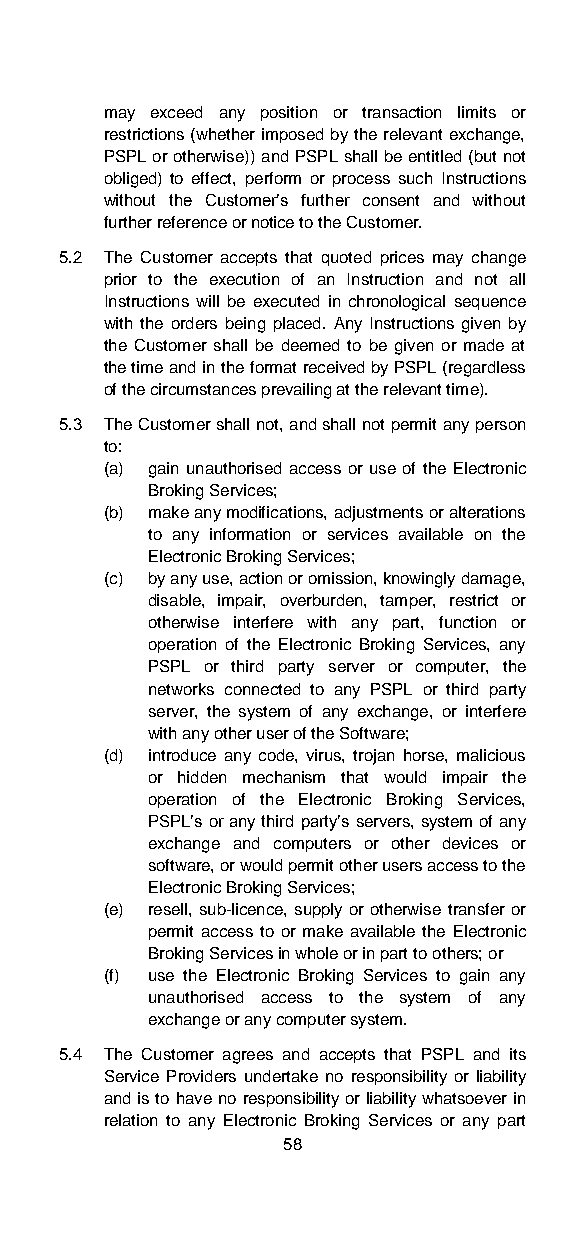
may exceed any position or transaction limits or
 restrictions (whether imposed by the relevant exchange,
 PSPL or otherwise)) and PSPL shall be entitled (but not
 obliged) to effect, perform or process such Instructions
 without the Customer’s further consent and without
 further reference or notice to the Customer.
 5.2 The Customer accepts that quoted prices may change
 prior to the execution of an Instruction and not all
 Instructions will be executed in chronological sequence
 with the orders being placed. Any Instructions given by
 the Customer shall be deemed to be given or made at
 the time and in the format received by PSPL (regardless
 of the circumstances prevailing at the relevant time).
 5.3 The Customer shall not, and shall not permit any person
 to:
 (a) gain unauthorised access or use of the Electronic
 Broking Services;
 (b) make any modifications, adjustments or alterations
 to any information or services available on the
 Electronic Broking Services;
 (c) by any use, action or omission, knowingly damage,
 disable, impair, overburden, tamper, restrict or
 otherwise interfere with any part, function or
 operation of the Electronic Broking Services, any
 PSPL or third party server or computer, the
 networks connected to any PSPL or third party
 server, the system of any exchange, or interfere
 with any other user of the Software;
 (d) introduce any code, virus, trojan horse, malicious
 or hidden mechanism that would impair the
 operation of the Electronic Broking Services,
 PSPL’s or any third party’s servers, system of any
 exchange and computers or other devices or
 software, or would permit other users access to the
 Electronic Broking Services;
 (e) resell, sub-licence, supply or otherwise transfer or
 permit access to or make available the Electronic
 Broking Services in whole or in part to others; or
 (f) use the Electronic Broking Services to gain any
 unauthorised access to the system of any
 exchange or any computer system.
 5.4 The Customer agrees and accepts that PSPL and its
 Service Providers undertake no responsibility or liability
 and is to have no responsibility or liability whatsoever in
 relation to any Electronic Broking Services or any part
 58